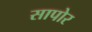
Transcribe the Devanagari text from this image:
सापोर